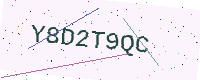
Text: Y8D2T9QC